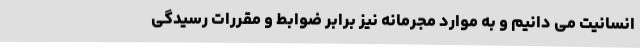
انسانیت می دانیم و به موارد مجرمانه نیز برابر ضوابط و مقررات رسیدگی